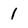
Character: 1